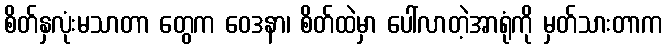
စိတ်နှလုံးမသာတာ တွေက ဝေဒနာ၊ စိတ်ထဲမှာ ပေါ်လာတဲ့အာရုံကို မှတ်သားတာက